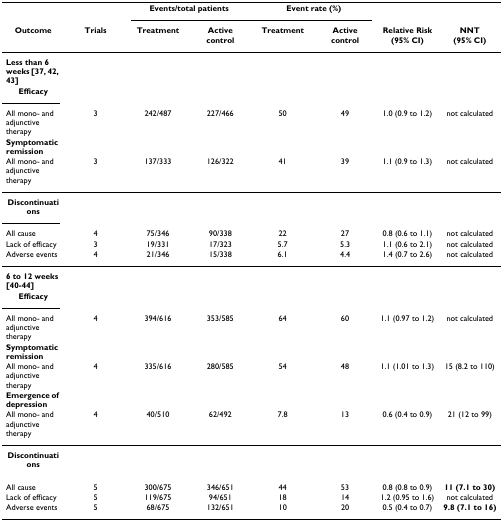
|  |  | <COLSPAN=2> Events/total patients | <COLSPAN=2> Event rate (%) |  |  |
 | Outcome | Trials | Treatment | Active control | Treatment | Active control | Relative Risk (95% CI) | NNT (95% CI) |
 | --- | --- | --- | --- | --- | --- | --- | --- |
 | Less than 6 weeks [37, 42, 43] |  |  |  |  |  |  |  |
 | Efficacy |  |  |  |  |  |  |  |
 | All mono- and adjunctive therapy | 3 | 242/487 | 227/466 | 50 | 49 | 1.0 (0.9 to 1.2) | not calculated |
 | Symptomatic remission |  |  |  |  |  |  |  |
 | All mono- and adjunctive therapy | 3 | 137/333 | 126/322 | 41 | 39 | 1.1 (0.9 to 1.3) | not calculated |
 | Discontinuations |  |  |  |  |  |  |  |
 | All cause | 4 | 75/346 | 90/338 | 22 | 27 | 0.8 (0.6 to 1.1) | not calculated |
 | Lack of efficacy | 3 | 19/331 | 17/323 | 5.7 | 5.3 | 1.1 (0.6 to 2.1) | not calculated |
 | Adverse events | 4 | 21/346 | 15/338 | 6.1 | 4.4 | 1.4 (0.7 to 2.6) | not calculated |
 | 6 to 12 weeks [40-44] |  |  |  |  |  |  |  |
 | Efficacy |  |  |  |  |  |  |  |
 | All mono- and adjunctive therapy | 4 | 394/616 | 353/585 | 64 | 60 | 1.1 (0.97 to 1.2) | not calculated |
 | Symptomatic remission |  |  |  |  |  |  |  |
 | All mono- and adjunctive therapy | 4 | 335/616 | 280/585 | 54 | 48 | 1.1 (1.01 to 1.3) | 15 (8.2 to 110) |
 | Emergence of depression |  |  |  |  |  |  |  |
 | All mono- and adjunctive therapy | 4 | 40/510 | 62/492 | 7.8 | 13 | 0.6 (0.4 to 0.9) | 21 (12 to 99) |
 | Discontinuations |  |  |  |  |  |  |  |
 | All cause | 5 | 300/675 | 346/651 | 44 | 53 | 0.8 (0.8 to 0.9) | 11 (7.1 to 30) |
 | Lack of efficacy | 5 | 119/675 | 94/651 | 18 | 14 | 1.2 (0.95 to 1.6) | not calculated |
 | Adverse events | 5 | 68/675 | 132/651 | 10 | 20 | 0.5 (0.4 to 0.7) | 9.8 (7.1 to 16) |